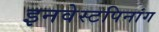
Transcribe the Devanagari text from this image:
इनवेस्टपिनांग